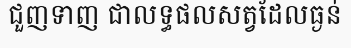
ជួញទាញ ជាលទ្ធផលសត្វដែលធ្ងន់